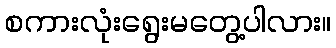
စကားလုံးရွေးမတွေ့ပါလား။